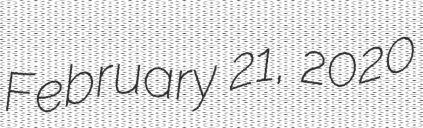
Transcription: February 21, 2020